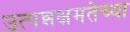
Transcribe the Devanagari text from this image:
उत्पन्नक्षमतेच्या